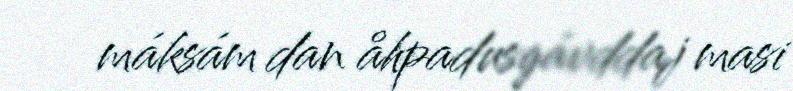
máksám dan åhpadusgávddaj masi